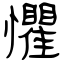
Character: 懼